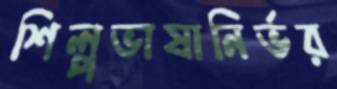
শিল্পভাষানির্ভর